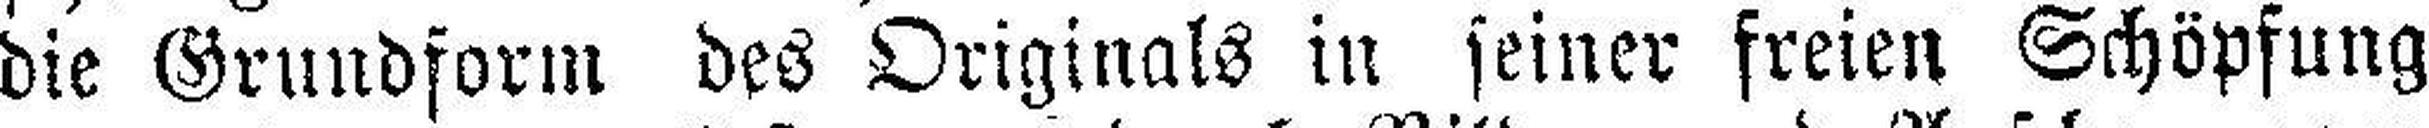
die Grundform des Originals in seiner freien Schöpfung